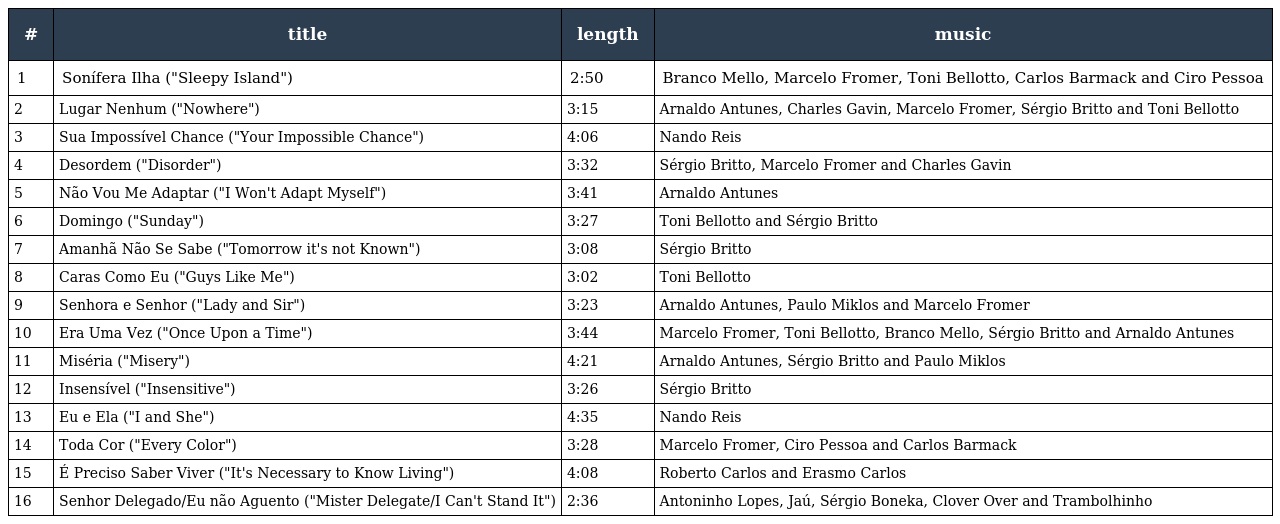
| # | title | length | music |
 | --- | --- | --- | --- |
 | 1 | Sonífera Ilha ("Sleepy Island") | 2:50 | Branco Mello, Marcelo Fromer, Toni Bellotto, Carlos Barmack and Ciro Pessoa |
 | 2 | Lugar Nenhum ("Nowhere") | 3:15 | Arnaldo Antunes, Charles Gavin, Marcelo Fromer, Sérgio Britto and Toni Bellotto |
 | 3 | Sua Impossível Chance ("Your Impossible Chance") | 4:06 | Nando Reis |
 | 4 | Desordem ("Disorder") | 3:32 | Sérgio Britto, Marcelo Fromer and Charles Gavin |
 | 5 | Não Vou Me Adaptar ("I Won't Adapt Myself") | 3:41 | Arnaldo Antunes |
 | 6 | Domingo ("Sunday") | 3:27 | Toni Bellotto and Sérgio Britto |
 | 7 | Amanhã Não Se Sabe ("Tomorrow it's not Known") | 3:08 | Sérgio Britto |
 | 8 | Caras Como Eu ("Guys Like Me") | 3:02 | Toni Bellotto |
 | 9 | Senhora e Senhor ("Lady and Sir") | 3:23 | Arnaldo Antunes, Paulo Miklos and Marcelo Fromer |
 | 10 | Era Uma Vez ("Once Upon a Time") | 3:44 | Marcelo Fromer, Toni Bellotto, Branco Mello, Sérgio Britto and Arnaldo Antunes |
 | 11 | Miséria ("Misery") | 4:21 | Arnaldo Antunes, Sérgio Britto and Paulo Miklos |
 | 12 | Insensível ("Insensitive") | 3:26 | Sérgio Britto |
 | 13 | Eu e Ela ("I and She") | 4:35 | Nando Reis |
 | 14 | Toda Cor ("Every Color") | 3:28 | Marcelo Fromer, Ciro Pessoa and Carlos Barmack |
 | 15 | É Preciso Saber Viver ("It's Necessary to Know Living") | 4:08 | Roberto Carlos and Erasmo Carlos |
 | 16 | Senhor Delegado/Eu não Aguento ("Mister Delegate/I Can't Stand It") | 2:36 | Antoninho Lopes, Jaú, Sérgio Boneka, Clover Over and Trambolhinho |